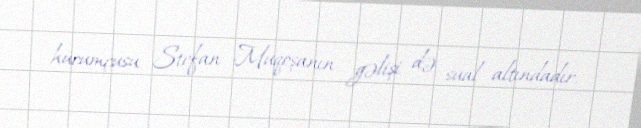
hücumçusu Stefan Muqoşanın gəlişi də sual altındadır.